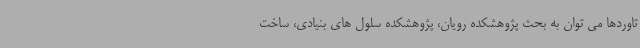
تاوردها می توان به بحث پژوهشکده رویان، پژوهشکده سلول های بنیادی، ساخت